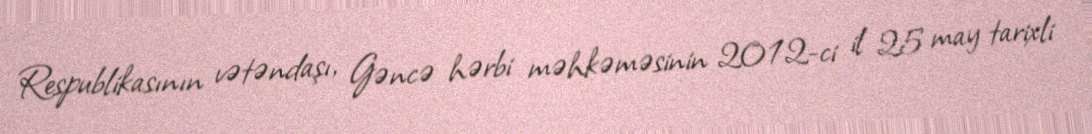
Respublikasının vətəndaşı, Gəncə hərbi məhkəməsinin 2012-ci il 25 may tarixli